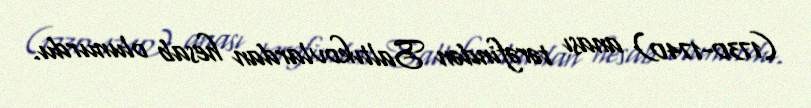
(1730-1740) anası tərəfindən Saltıkovlardan hesab olunurdu.